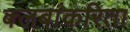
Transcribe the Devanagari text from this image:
क्लबांकरिता